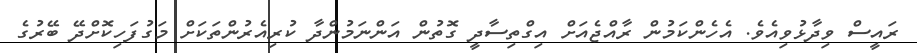
ރައީސް ވިދާޅުވިއެވެ. އެހެންކަމުން ރާއްޖެއަށް އިގްތިސާދީ ގޮތުން އަންނަމުންދާ ކުރިއެރުންތަކަށް މަގުފަހިކޮށްދޭ ބޭރުގެ